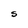
Character: S